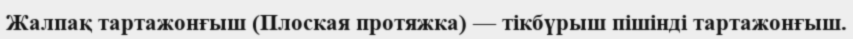
Жалпақ тартажонғыш (Плоская протяжка) — тікбүрыш пішінді тартажонғыш.